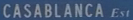
CASABLANCA_Est